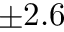
\pm 2 . 6